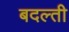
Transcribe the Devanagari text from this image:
बदल्ती